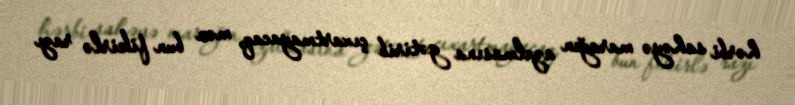
hərbi sahəyə marağın azalmasına gətirib çıxartmayacaq, mən bun fikirlə razı